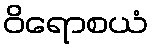
ဝိရောစယံ